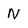
Character: N